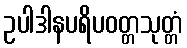
ဥပါဒါနပရိပဝတ္တသုတ္တံ